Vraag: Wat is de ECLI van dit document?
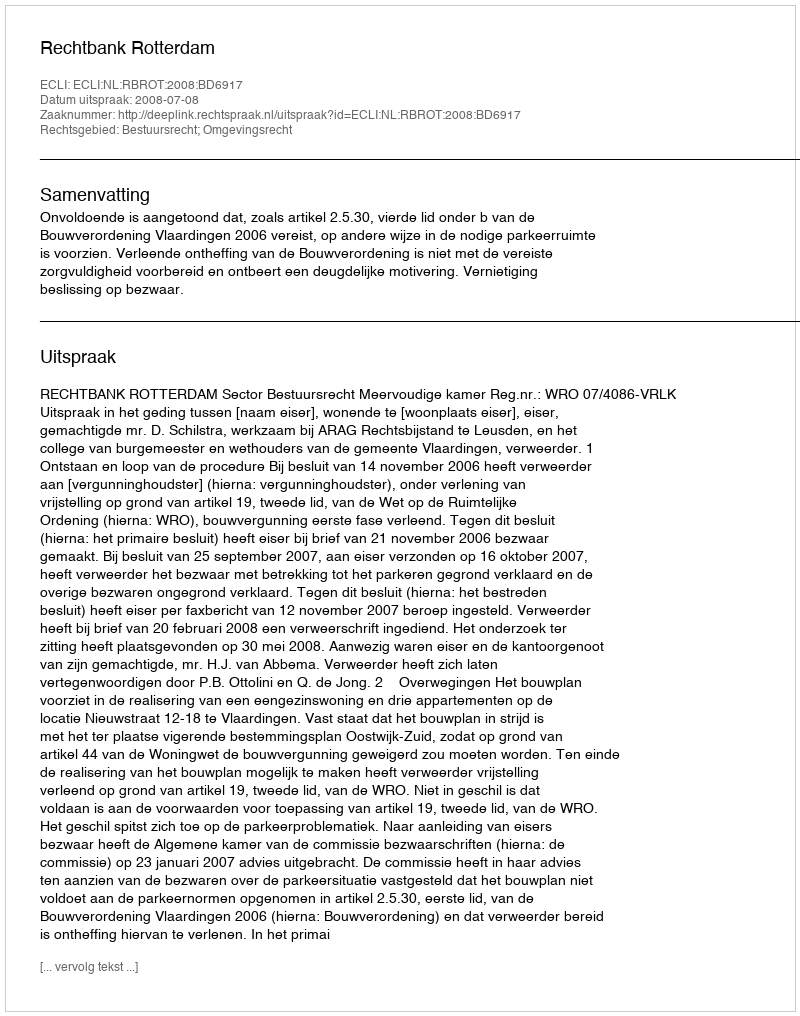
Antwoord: ECLI:NL:RBROT:2008:BD6917